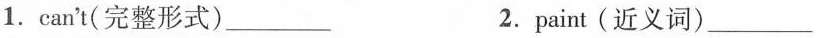
1.can't(完整形式)___ 2.paint(近义词)___